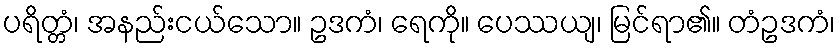
ပရိတ္တံ၊ အနည်းငယ်သော။ ဥဒကံ၊ ရေကို။ ပေဿယျ၊ မြင်ရာ၏။ တံဥဒကံ၊